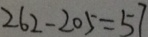
2 6 2 - 2 0 5 = 5 7